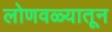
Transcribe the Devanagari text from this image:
लोणवळ्यातून